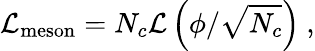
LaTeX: {\cal L}_{\mathrm{meson}}=N_{c}{\cal L}\left(\phi/\sqrt{N_{c}}\right)\ ,